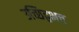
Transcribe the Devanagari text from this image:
उच्छिट्ठभत्त